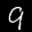
Label: 9